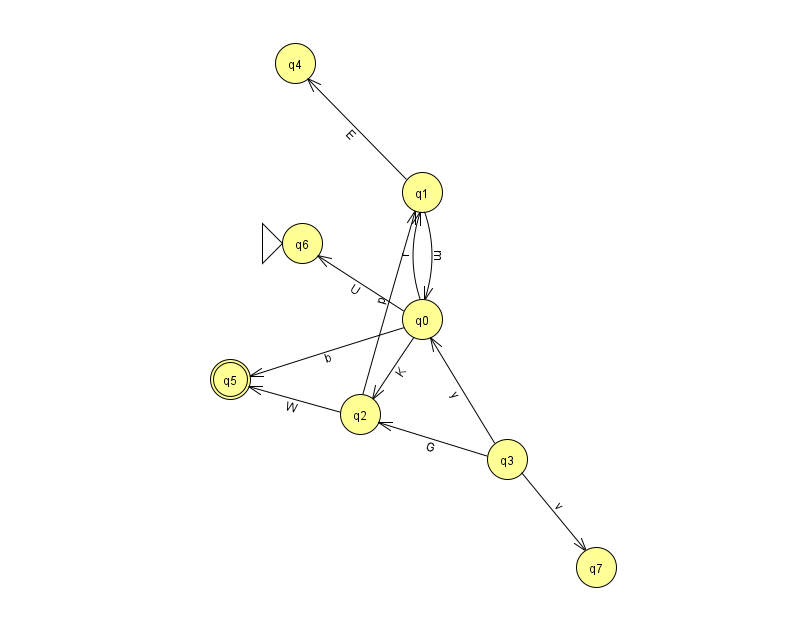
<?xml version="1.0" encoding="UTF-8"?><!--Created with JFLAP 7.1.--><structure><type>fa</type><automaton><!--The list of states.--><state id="0" name="q0"><x>422.0</x><y>306.0</y></state><state id="1" name="q1"><x>422.0</x><y>179.0</y></state><state id="2" name="q2"><x>360.0</x><y>401.0</y></state><state id="3" name="q3"><x>507.0</x><y>446.0</y></state><state id="4" name="q4"><x>295.0</x><y>50.0</y></state><state id="5" name="q5"><x>230.0</x><y>366.0</y><final/></state><state id="6" name="q6"><x>302.0</x><y>230.0</y><initial/></state><state id="7" name="q7"><x>596.0</x><y>554.0</y></state><!--The list of transitions.--><transition><from>1</from><to>0</to><read>m</read></transition><transition><from>0</from><to>5</to><read>b</read></transition><transition><from>2</from><to>1</to><read>p</read></transition><transition><from>3</from><to>0</to><read>y</read></transition><transition><from>3</from><to>2</to><read>G</read></transition><transition><from>0</from><to>2</to><read>K</read></transition><transition><from>1</from><to>4</to><read>E</read></transition><transition><from>2</from><to>5</to><read>W</read></transition><transition><from>0</from><to>6</to><read>U</read></transition><transition><from>0</from><to>1</to><read>r</read></transition><transition><from>3</from><to>7</to><read>v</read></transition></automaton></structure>